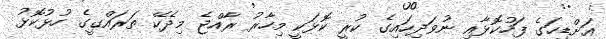
އަށްޑިހަގެ ފަހުކޮޅާއި ނުވަދިހައިގެ ކުރީ ކޮޅަކީ މިހާރު ރާއްޖެ މިދެކޭ ތަރައްގީގެ ހުޅުކޮޅު